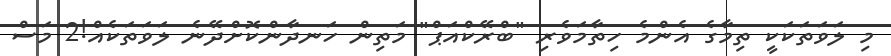
މި ލަވަތަކަކީ ތިމާގެ އެންމެ ހިތާމަވެރި "ބްރޭކްއަޕް" މަތިން ހަނދާންކޮށްދޭނެ ލަވަތަކެއް!2 މަސް